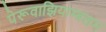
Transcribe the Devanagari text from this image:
पेरूवाझियाम्बलम